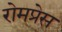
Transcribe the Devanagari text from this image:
रोमप्रेस